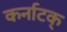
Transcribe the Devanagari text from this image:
कर्नाटक्